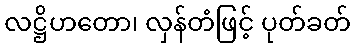
လဋ္ဌိဟတော၊ လှန်တံဖြင့် ပုတ်ခတ်